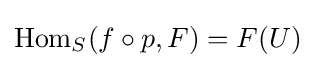
{\text{Hom}}_{S}(f\circ p,F)=F(U)